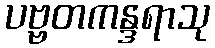
ပဗ္ဗတကန္ဒရာသု